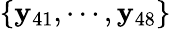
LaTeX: \{ \mathbf{y}_{41},\cdots,\mathbf{y}_{48}\}